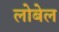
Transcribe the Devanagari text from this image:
लोबेल